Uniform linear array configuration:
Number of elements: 12
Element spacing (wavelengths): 0.5
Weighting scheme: hamming
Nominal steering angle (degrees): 60
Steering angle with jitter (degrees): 58.394
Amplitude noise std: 0.05
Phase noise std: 0.05

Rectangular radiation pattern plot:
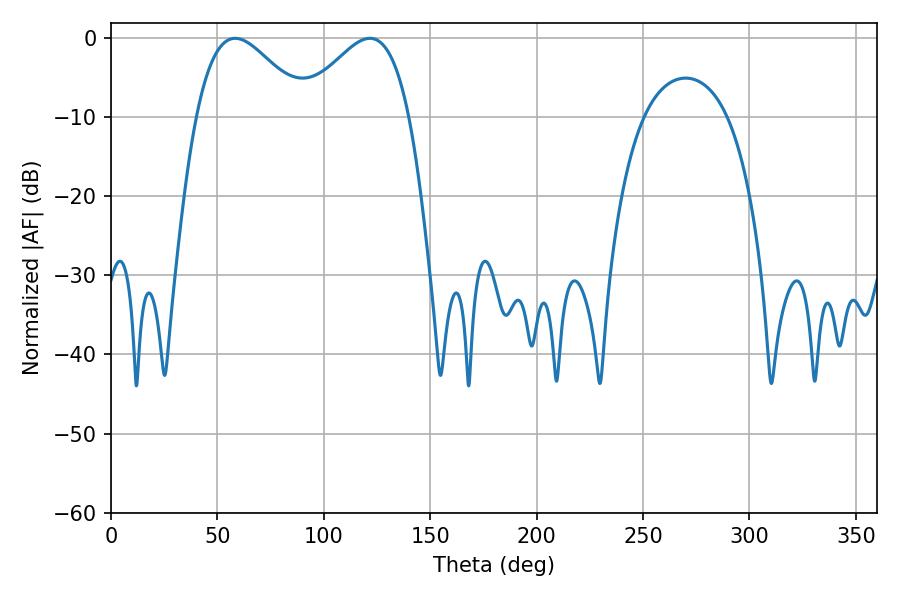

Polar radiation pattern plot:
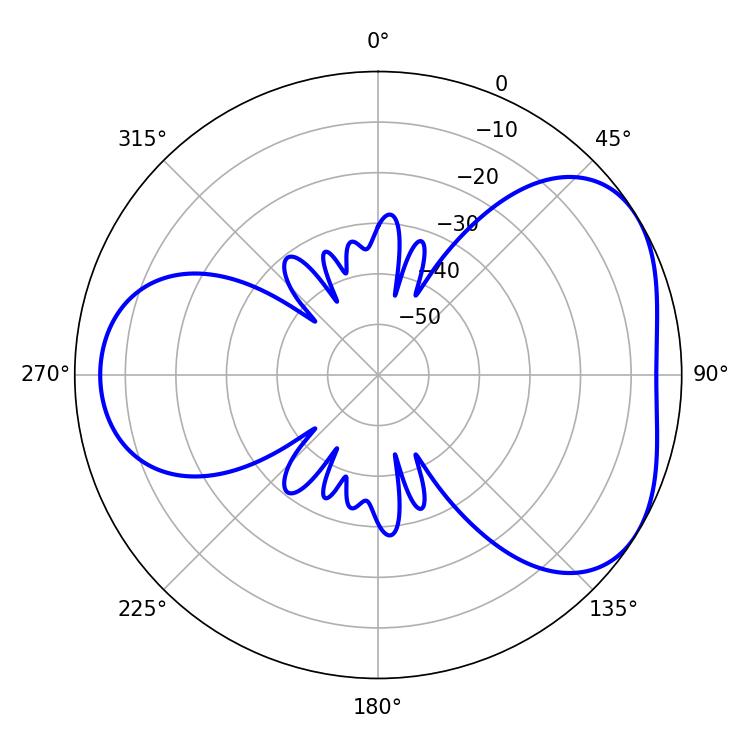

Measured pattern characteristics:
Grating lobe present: FALSE
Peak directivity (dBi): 4.297
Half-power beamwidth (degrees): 27.9
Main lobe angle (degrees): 121.68